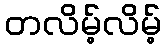
တလိမ့်လိမ့်